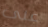
على